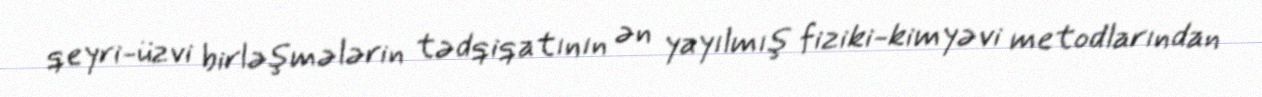
qeyri-üzvi birləşmələrin tədqiqatının ən yayılmış fiziki-kimyəvi metodlarından